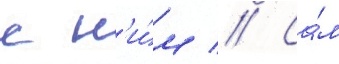
с н'и́м // Са́м